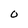
Character: 0